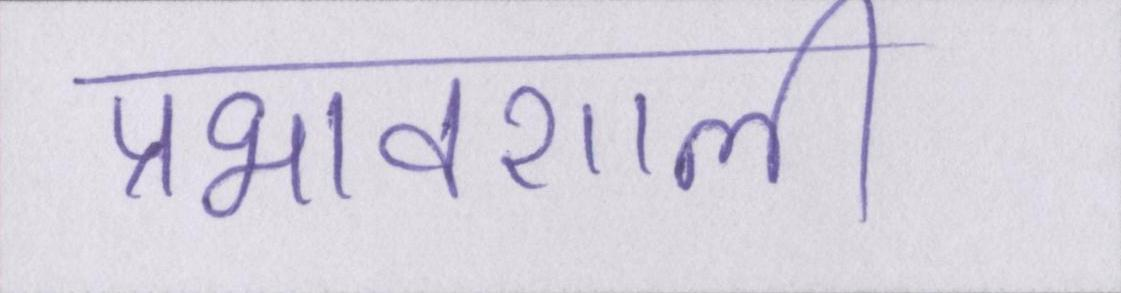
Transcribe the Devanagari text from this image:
प्रभावशाली